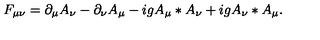
F _ { \mu \nu } = \partial _ { \mu } A _ { \nu } - \partial _ { \nu } A _ { \mu } - i g A _ { \mu } \ast A _ { \nu } + i g A _ { \nu } \ast A _ { \mu } .